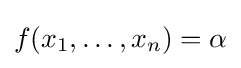
f(x_{1},\ldots ,x_{n})=\alpha